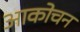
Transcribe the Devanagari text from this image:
आकोचन